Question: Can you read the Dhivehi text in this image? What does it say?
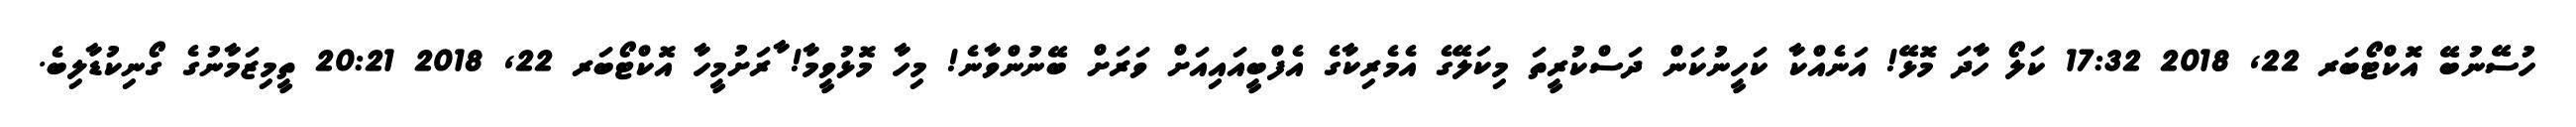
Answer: ހުސޭނުބޭ އޮކްޓޯބަރ 22, 2018 17:32 ކަލޯ ހާދަ މޮޅޭ! އަނެއްކާ ކަހީނުކަން ދަސްކުރީތަ މިކަލޭގެ އެމެރިކާގެ އެފްބީއައިއަށް ވަރަށް ބޭނުންވާނެ! މިހާ މޮޅުވީމާ! ާރަށުމީހާ އޮކްޓޯބަރ 22, 2018 20:21 ތީމިޒަމާނުގެ ގޯނިކުޑާލިބެ.